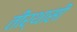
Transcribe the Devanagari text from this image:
तीर्थासी